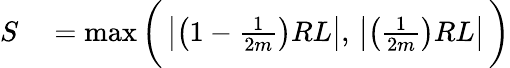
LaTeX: \begin{array}{rl}{S}&{{}=\operatorname*{max}\bigg(\, \big|\big(1-\frac{1}{2m}\big)RL\big|,\, \big|\big(\frac{1}{2m}\big)RL\big|\, \bigg)}\end{array}